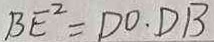
B E ^ { 2 } = D O \cdot D B